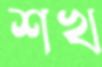
শখ